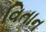
વિતાન